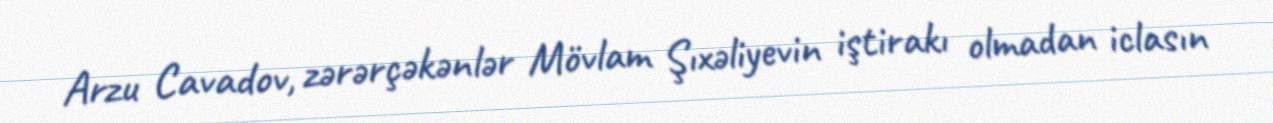
Arzu Cavadov, zərərçəkənlər Mövlam Şıxəliyevin iştirakı olmadan iclasın